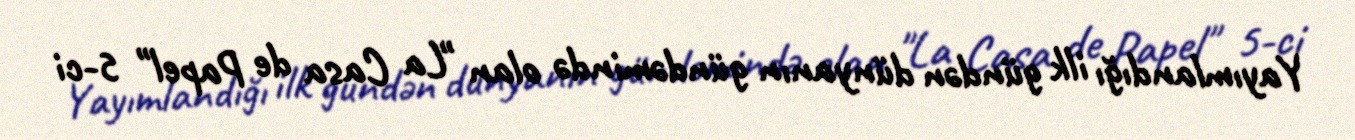
Yayımlandığı ilk gündən dünyanın gündəmində olan "La Casa de Papel" 5-ci